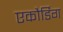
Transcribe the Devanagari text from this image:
एकौर्डिंग